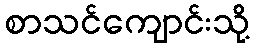
စာသင်ကျောင်းသို့